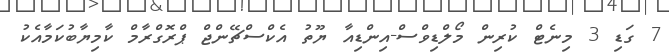
7 ގަޑި 3 މިނެޓް ކުރިން މޯލްޑިވްސް-އިންޑިއާ ޔޫތު އެކްސްޗޭންޖް ޕްރޮގްރާމް ކާމިޔާބުކަމާއެކު